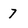
Character: 7